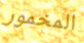
المخمور